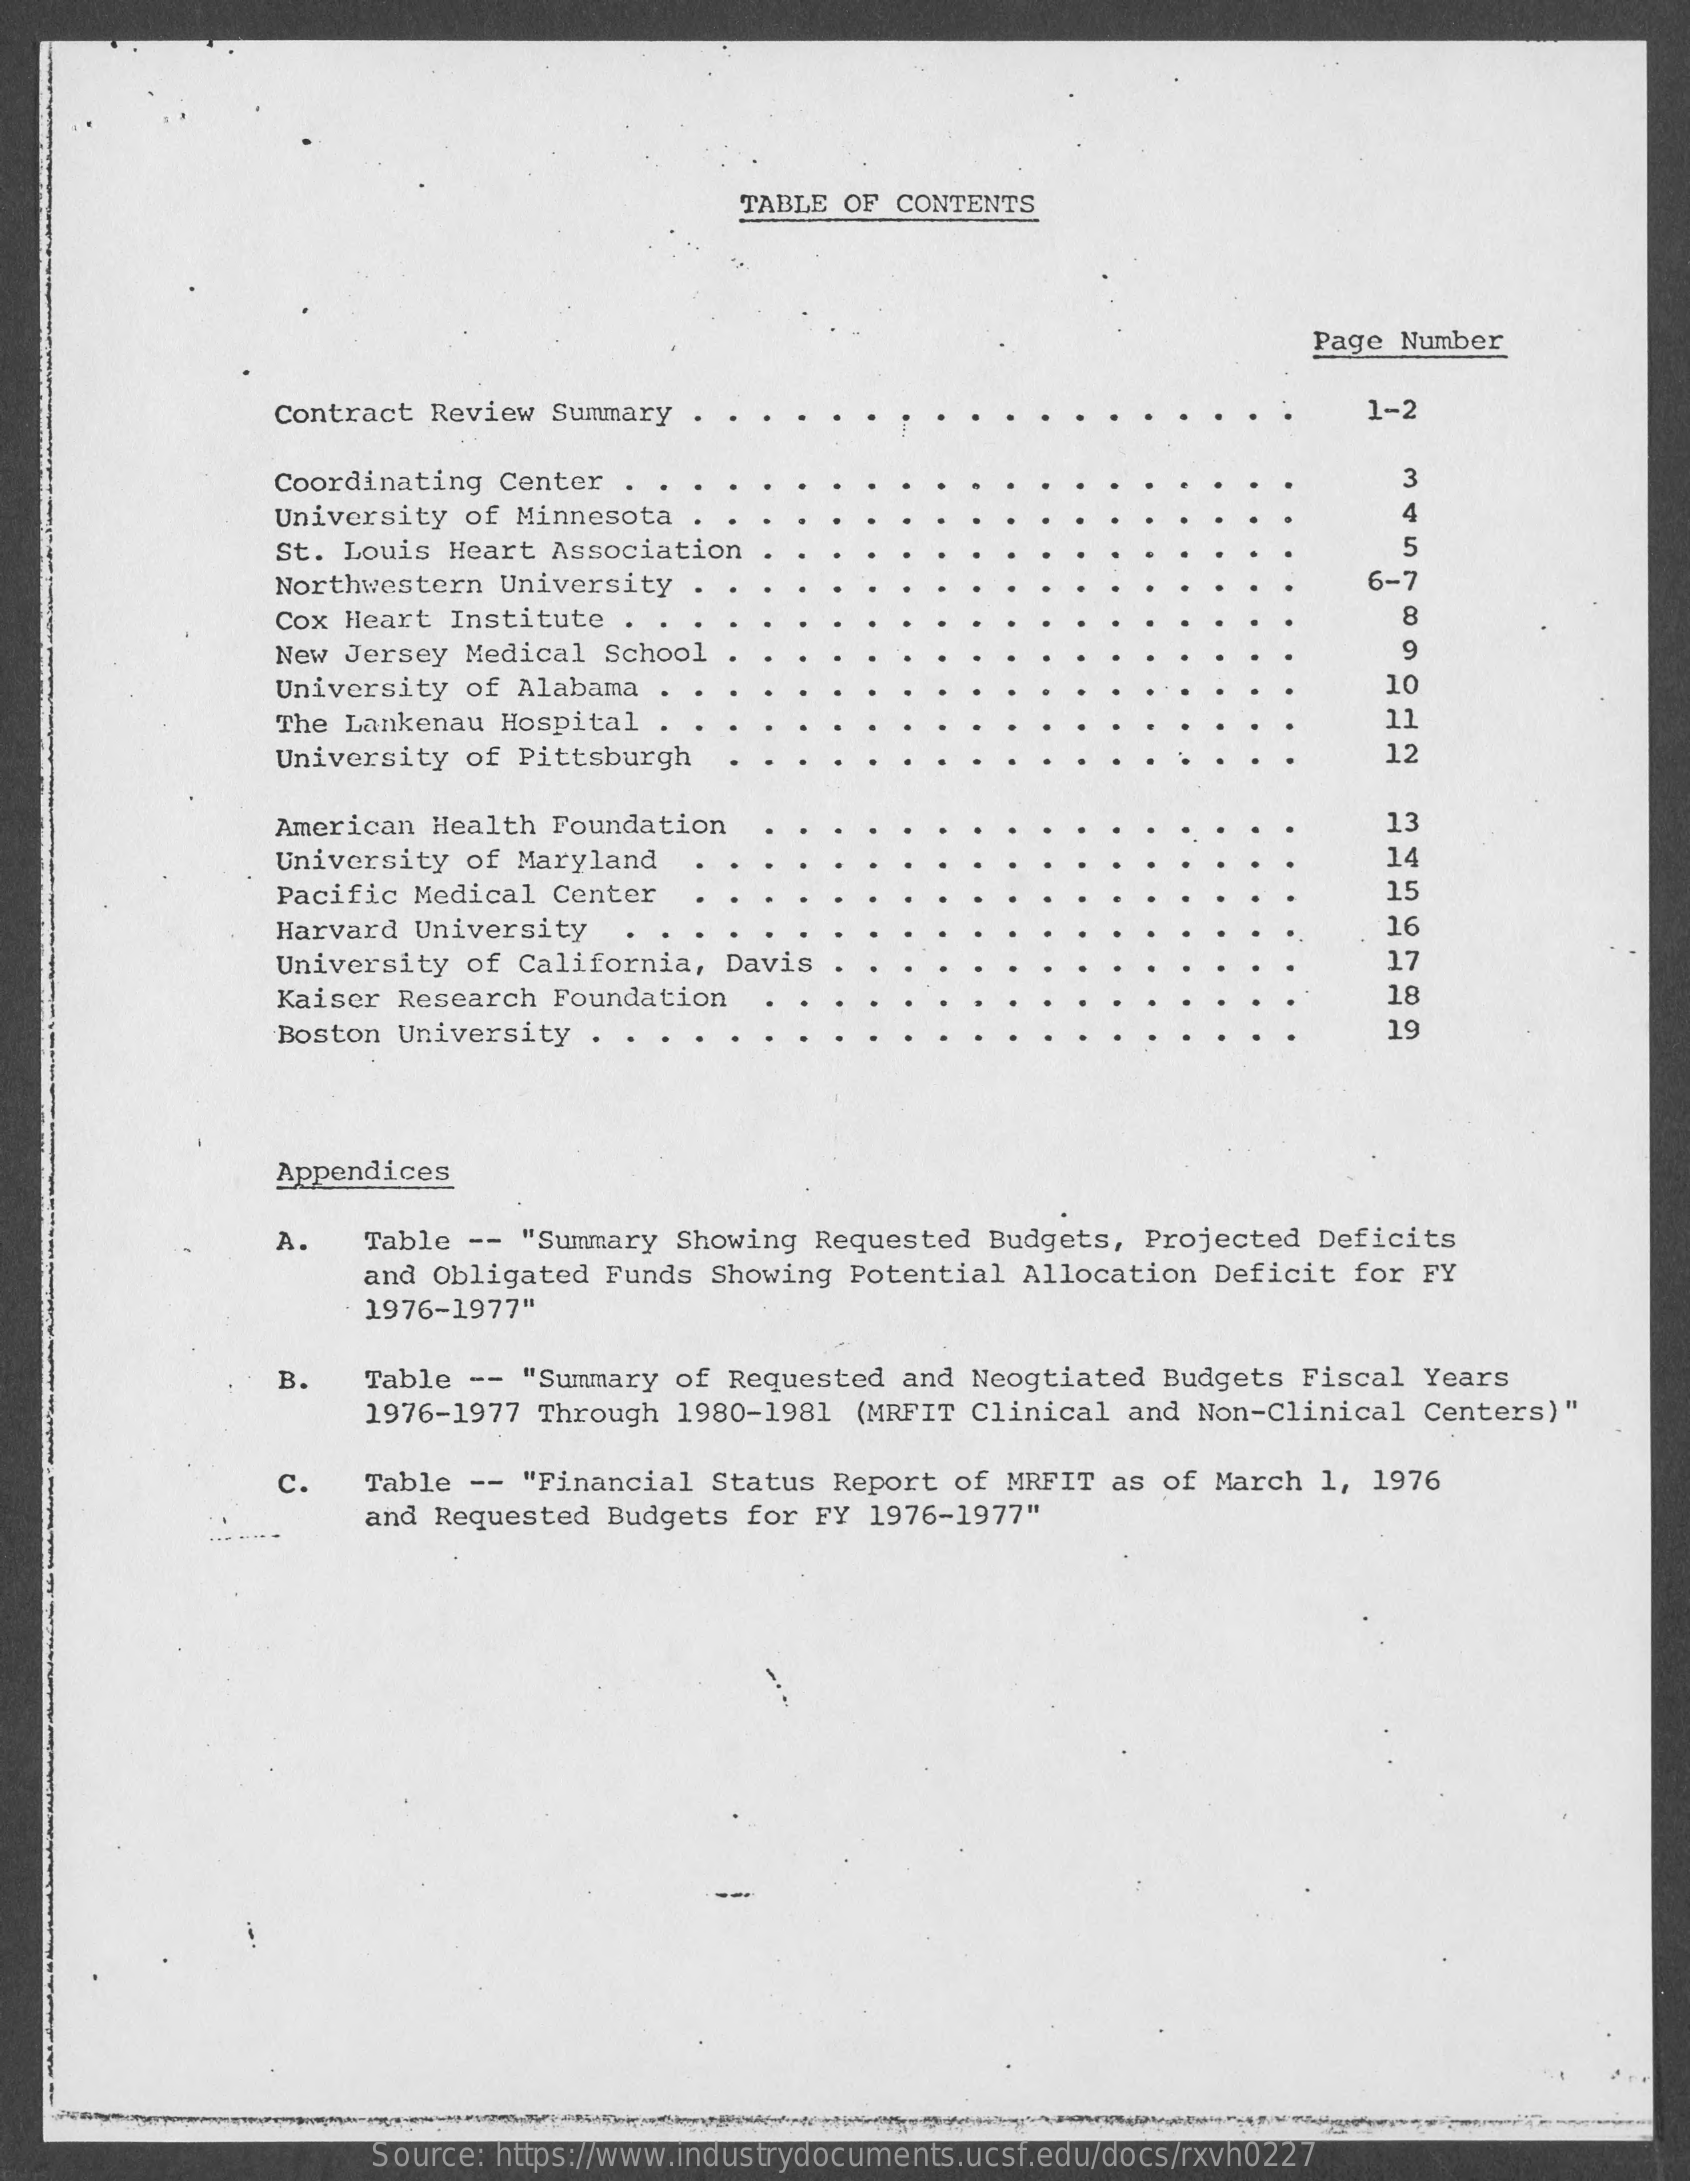
TABLE OF CONTENTS
     Page Number
     Contract Review Summary    1-2
     Coordinating Center    3
     University of Minnesota    4
     St. Louis Heart Association    5
     Northwestern University .    6-7
     Cox Heart Institute .    8
     New Jersey Medical School    9
     University of Alabama    10
     The Lankenau Hospital .    11
     University of Pittsburgh    12
     American Health Foundation    13
     University of Maryland    14
     Pacific Medical Center    15
     Harvard University    16
     University of California, Davis    17
     Kaiser Research Foundation    18
     Boston University . .    19
     Appendices
     A.  Table -- "Summary Showing Requested Budgets, Projected Deficits
     and Obligated Funds Showing Potential Allocation Deficit for FY
     1976-1977"
     B.  Table -- "Summary of Requested and Neogtiated Budgets Fiscal Years
     1976-1977 Through 1980-1981 (MRFIT Clinical and Non-Clinical Centers)"
     c.  Table -- "Financial Status Report of MRFIT as of March 1, 1976
     and Requested Budgets for FY 1976-1977"
     Source: https://www.industrydocuments.ucsf.edu/docs/rxvh0227